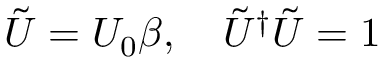
\tilde { U } = U _ { 0 } \beta , \quad \tilde { U } ^ { \dag } \tilde { U } = 1